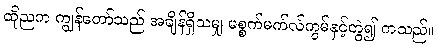
ထိုညက ကျွန်တော်သည် အချိန်ရှိသမျှ မစ္စက်မက်လ်ကွမ်နှင့်တွဲ၍ ကသည်။